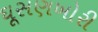
ઘૂસણખોરી